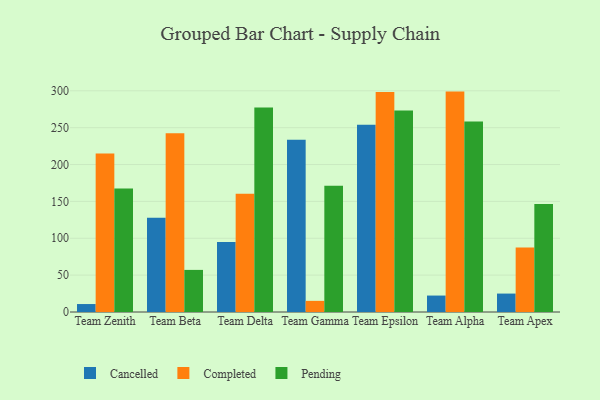
{"axis": {"x": "Team", "y": "Website Visitors"}, "legend": ["Cancelled", "Completed", "Pending"], "data": [{"x": "Team Zenith", "y": 10.8, "type": "Cancelled"}, {"x": "Team Zenith", "y": 215.1, "type": "Completed"}, {"x": "Team Zenith", "y": 167.6, "type": "Pending"}, {"x": "Team Beta", "y": 127.8, "type": "Cancelled"}, {"x": "Team Beta", "y": 242.4, "type": "Completed"}, {"x": "Team Beta", "y": 57.1, "type": "Pending"}, {"x": "Team Delta", "y": 94.9, "type": "Cancelled"}, {"x": "Team Delta", "y": 160.2, "type": "Completed"}, {"x": "Team Delta", "y": 277.2, "type": "Pending"}, {"x": "Team Gamma", "y": 233.7, "type": "Cancelled"}, {"x": "Team Gamma", "y": 15.1, "type": "Completed"}, {"x": "Team Gamma", "y": 171.3, "type": "Pending"}, {"x": "Team Epsilon", "y": 254.0, "type": "Cancelled"}, {"x": "Team Epsilon", "y": 298.5, "type": "Completed"}, {"x": "Team Epsilon", "y": 273.2, "type": "Pending"}, {"x": "Team Alpha", "y": 22.3, "type": "Cancelled"}, {"x": "Team Alpha", "y": 298.9, "type": "Completed"}, {"x": "Team Alpha", "y": 258.5, "type": "Pending"}, {"x": "Team Apex", "y": 25.0, "type": "Cancelled"}, {"x": "Team Apex", "y": 87.6, "type": "Completed"}, {"x": "Team Apex", "y": 146.5, "type": "Pending"}]}